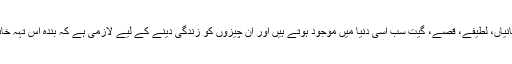
ناول، فلمیں، کہانیاں، لطیفے، قصے، گیت سب اسی دنیا میں موجود ہوتے ہیں اور ان چیزوں کو زندگی دینے کے لیے لازمی ہے کہ بندہ اس تہہ خانے میں پہنچے۔